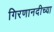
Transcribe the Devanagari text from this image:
गिरणानदीच्या